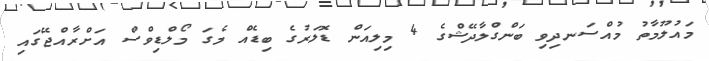
މައުލޫމާތު މުއްސަނދިވި ބަންގްލާދޭޝްގެ 4 މިލިއަން ޑޮލަރުގެ ބިޑެއް މެގަ މޯލްޑިވްސް އަށްރާއްޖޭގައި